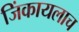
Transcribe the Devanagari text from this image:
जिंकायलाच